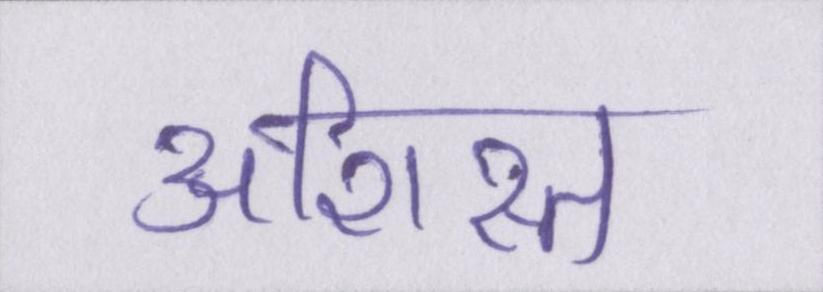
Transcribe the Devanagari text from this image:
अशिस्त